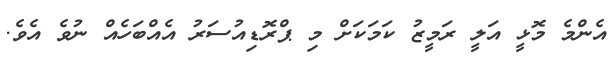
އެންމެ މޮޅީ އަލީ ރަމީޒު ކަމަކަށް މި ޕްރޮޑިއުސަރު އެއްބަހެއް ނުވެ އެވެ.